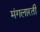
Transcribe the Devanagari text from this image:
मंगलारती